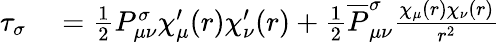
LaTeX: \begin{array}{rl}{\tau_{\sigma}}&{{}=\frac{1}{2}P_{\mu\nu}^{\sigma}\chi_{\mu}^{\prime}(r)\chi_{\nu}^{\prime}(r)+\frac{1}{2}\overline{{P}}_{\mu\nu}^{\sigma}\frac{\chi_{\mu}(r)\chi_{\nu}(r)}{r^{2}}}\end{array}